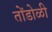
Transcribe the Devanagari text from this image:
तोंडोळी